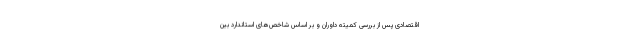
اقتصادی پس از بررسی کمیته داوران و بر اساس شاخص‌های استاندارد بین